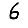
Digit: 6